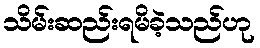
သိမ်းဆည်းရမိခဲ့သည်ဟု